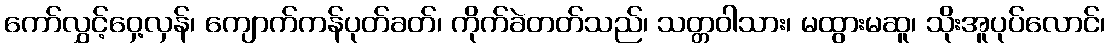
ကော်လွှင့်ဝှေ့လှန်၊ ကျောက်ကန်ပုတ်ခတ်၊ ကိုက်ခဲတတ်သည်၊ သတ္တဝါသား၊ မထွားမဆူ၊ သိုးအူပုပ်လောင်၊